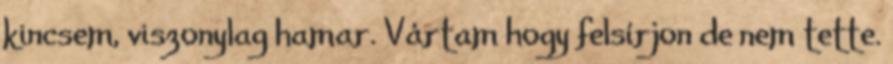
kincsem, viszonylag hamar. Vártam hogy felsírjon de nem tette.